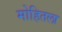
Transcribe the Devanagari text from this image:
मोहितला